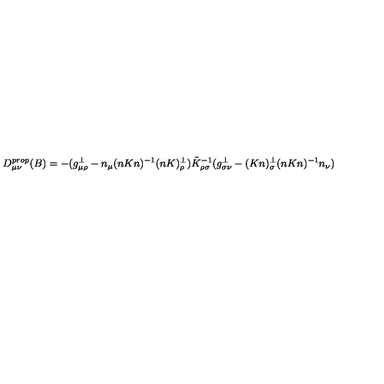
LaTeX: D _ { \mu \nu } ^ { p r o p } ( B ) = - ( g _ { \mu \rho } ^ { \perp } - n _ { \mu } ( n K n ) ^ { - 1 } ( n K ) _ { \rho } ^ { \perp } ) \tilde { K } _ { \rho \sigma } ^ { - 1 } ( g _ { \sigma \nu } ^ { \perp } - ( K n ) _ { \sigma } ^ { \perp } ( n K n ) ^ { - 1 } n _ { \nu } )